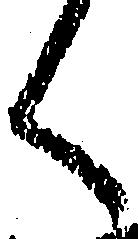
く